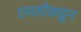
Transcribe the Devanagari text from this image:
एमसीकडून